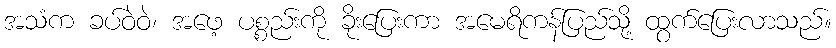
အသံက ခပ်ဝဲဝဲ၊ အဖေ့ ပစ္စည်းကို ခိုးပြေးကာ အမေရိကန်ပြည်သို့ ထွက်ပြေးလာသည်။